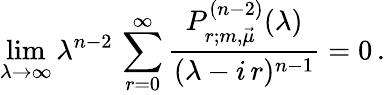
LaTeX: \operatorname*{lim}_{\lambda\rightarrow\infty}\lambda^{n-2}\, \sum_{r=0}^{\infty}{\frac{P_{r;m,\vec{\mu}}^{(n-2)}(\lambda)}{(\lambda-i\, r)^{n-1}}}=0\, .